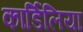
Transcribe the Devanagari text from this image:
कार्डिलिया